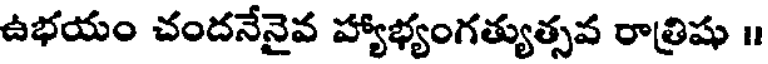
ఉభయం చందనేనైవ హ్యాభ్యంగత్యుత్సవ రాత్రిషు ॥